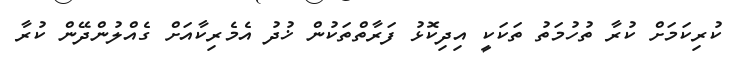
ކުރިކަަމަށް ކުރާ ތުހުމަތު ތަކަކީ އިދިކޮޅު ފަރާތްތަކުން ޚުދު އެމެރިކާއަށް ގެއްލުންދޭން ކުރާ